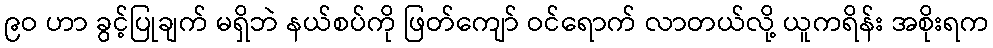
၉ဝ ဟာ ခွင့်ပြုချက် မရှိဘဲ နယ်စပ်ကို ဖြတ်ကျော် ဝင်ရောက် လာတယ်လို့ ယူကရိန်း အစိုးရက